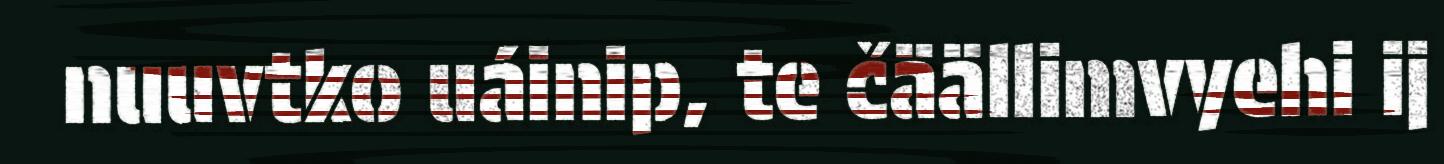
nuuvtko uáinip, te čäällimvyehi ij